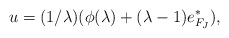
\begin{align*}u = (1/\lambda)(\phi(\lambda) + (\lambda - 1) e^*_{F_J}),\end{align*}